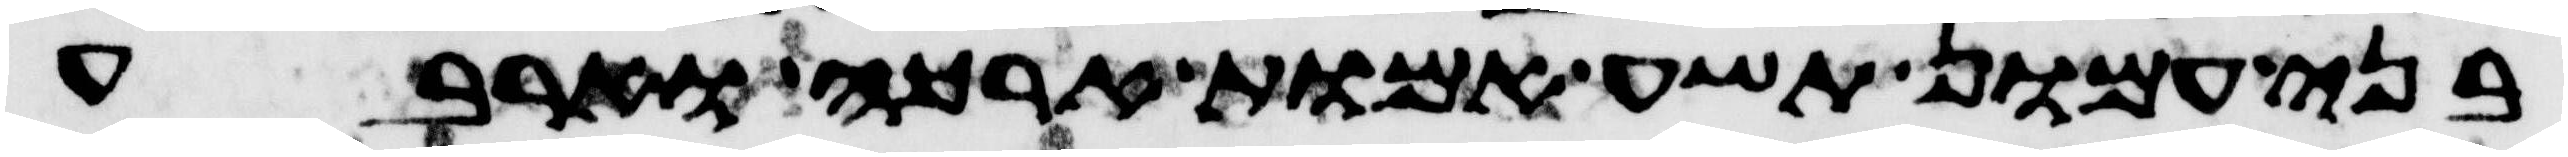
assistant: בני עמון תשע אמות ארכה וארבע